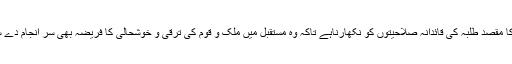
جس کا مقصد طلبہ کی قائدانہ صلاحیتوں کو نکھارناہے تاکہ وہ مستقبل میں ملک و قوم کی ترقی و خوشحالی کا فریضہ بھی سر انجام دے سکیں۔